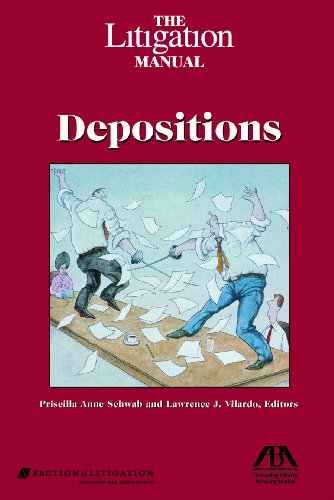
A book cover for The Litigation Manual: Depositions; American Bar Association; Law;